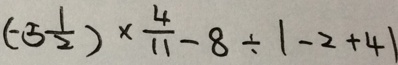
( - 5 \frac { 1 } { 2 } ) \times \frac { 4 } { 1 1 } - 8 \div \vert - 2 + 4 \vert